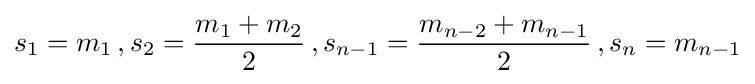
s_{1}=m_{1}\,,s_{2}={\frac {m_{1}+m_{2}}{2}}\,,s_{n-1}={\frac {m_{n-2}+m_{n-1}}{2}}\,,s_{n}=m_{n-1}